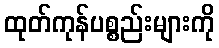
ထုတ်ကုန်ပစ္စည်းများကို